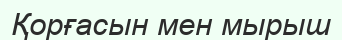
Қорғасын мен мырыш